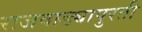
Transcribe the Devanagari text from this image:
राजवाड्यापुरती